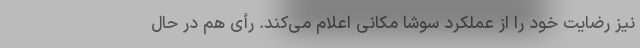
نیز رضایت خود را از عملکرد سوشا مکانی اعلام می‌کند. رأی هم در حال